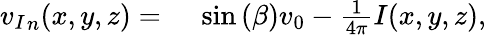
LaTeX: \begin{array}{rl}{{v_{I}}_{n}(x,y,z)={}}&{{}\sin{(\beta)}v_{0}-\frac{1}{4\pi}I(x,y,z),}\end{array}